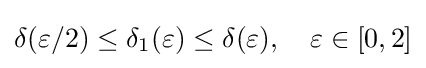
\delta (\varepsilon /2)\leq \delta _{1}(\varepsilon )\leq \delta (\varepsilon ),\quad \varepsilon \in [0,2]